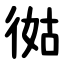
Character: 㣨